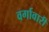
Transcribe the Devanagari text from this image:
वर्गावारी